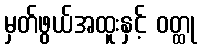
မှတ်ဖွယ်အထူးနှင့် ဝတ္ထု